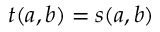
t ( a , b ) = s ( a , b )